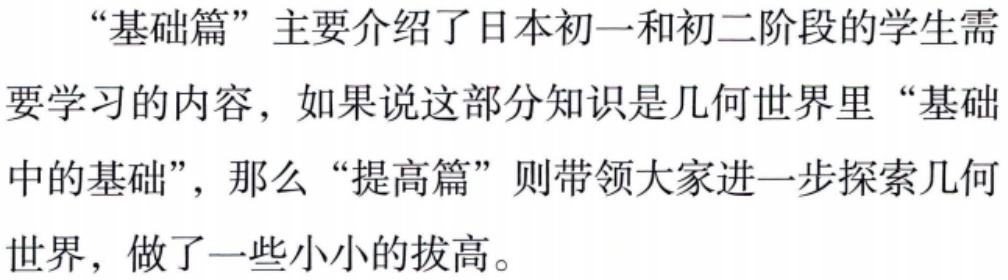
“基础篇”主要介绍了日本初一和初二阶段的学生需要学习的内容，如果说这部分知识是几何世界里“基础中的基础”，那么“提高篇”则带领大家进一步探索几何世界，做了一些小小的拔高。